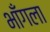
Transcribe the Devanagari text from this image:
भाँगला